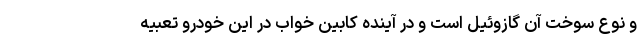
و نوع سوخت آن گازوئیل است و در آینده کابین خواب در این خودرو تعبیه